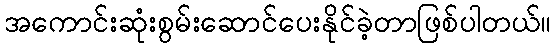
အကောင်းဆုံးစွမ်းဆောင်ပေးနိုင်ခဲ့တာဖြစ်ပါတယ်။